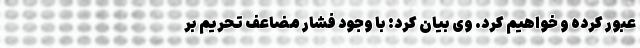
عبور کرده و خواهیم کرد. وی بیان کرد: با وجود فشار مضاعف تحریم بر